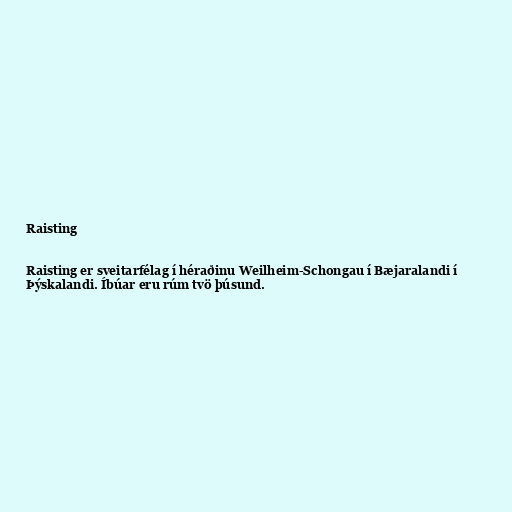
Raisting

Raisting er sveitarfélag í héraðinu Weilheim-Schongau í Bæjaralandi í
Þýskalandi. Íbúar eru rúm tvö þúsund.